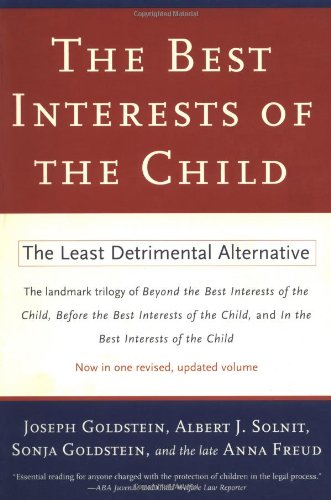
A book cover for The Best Interests of the Child: The Least Detrimental Alternative; Joseph Goldstein; Law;